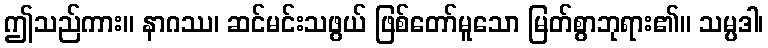
ဤသည်ကား။ နာဂဿ၊ ဆင်မင်းသဖွယ် ဖြစ်တော်မူသော မြတ်စွာဘုရား၏။ သမ္ပဒါ၊